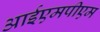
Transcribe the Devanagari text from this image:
आईएमपीएम